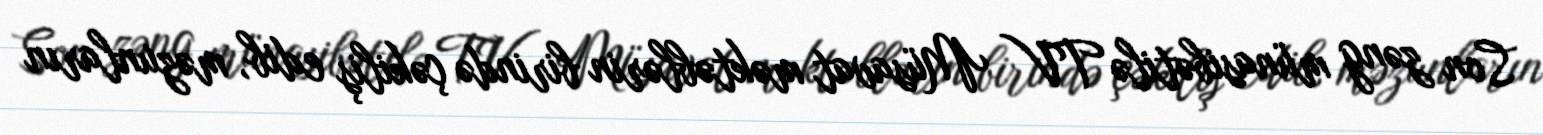
Son zəng münasibətilə TV Müsavat məktəblərin birində çəkiliş edib, məzunların